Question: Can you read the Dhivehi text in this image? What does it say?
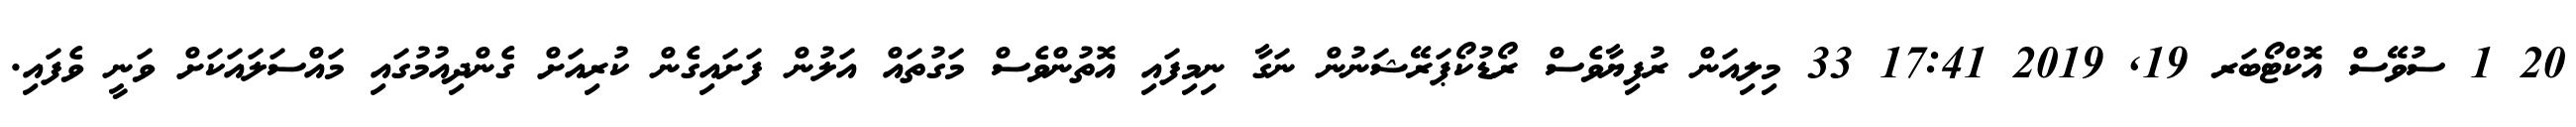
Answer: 20 1 ސުވޭސް އޮކްޓޯބަރ 19, 2019 17:41 33 މިލިއަން ރުފިޔާވެސް ރޯޑުކޯޕަރޭޝަނުން ނަގާ ނިމިފައި އޮތުންވެސް މަގުތައް އަލުން ފަށައިގެން ކުރިއަށް ގެންދިއުމުގައި މައްސަލައަކަށް ވަނީ ވެފައި.